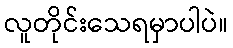
လူတိုင်းသေရမှာပါပဲ။